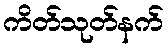
ကိတ်သုတ်နက်